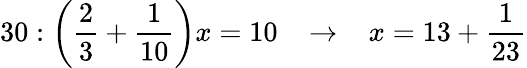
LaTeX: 30:{\bigg(}{\frac{2}{3}}+{\frac{1}{10}}{\bigg)}x=10\; \; \; \rightarrow\; \; \; x=13+{\frac{1}{23}}